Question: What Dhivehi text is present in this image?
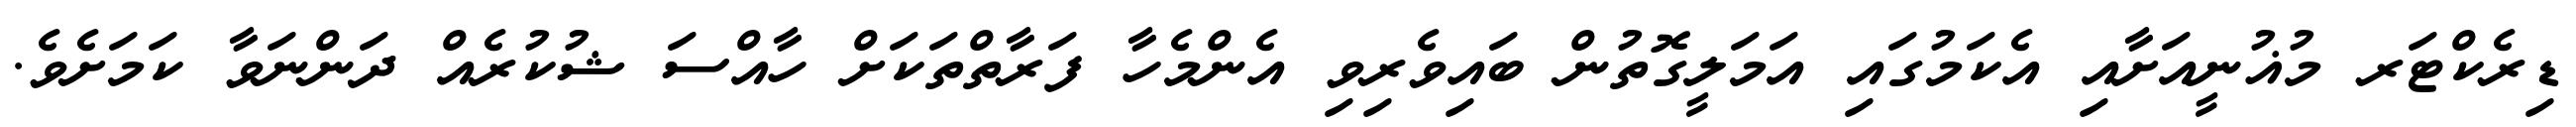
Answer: ޑިރެކްޓަރ މުޣުނީއަށާއި އެކަމުގައި އަމަލީގޮތުން ބައިވެރިވި އެންމެހާ ފަރާތްތަކަށް ހާއްސަ ޝުކުރެއް ދަންނަވާ ކަމަށެވެ.